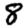
Digit: 8